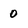
Character: 0